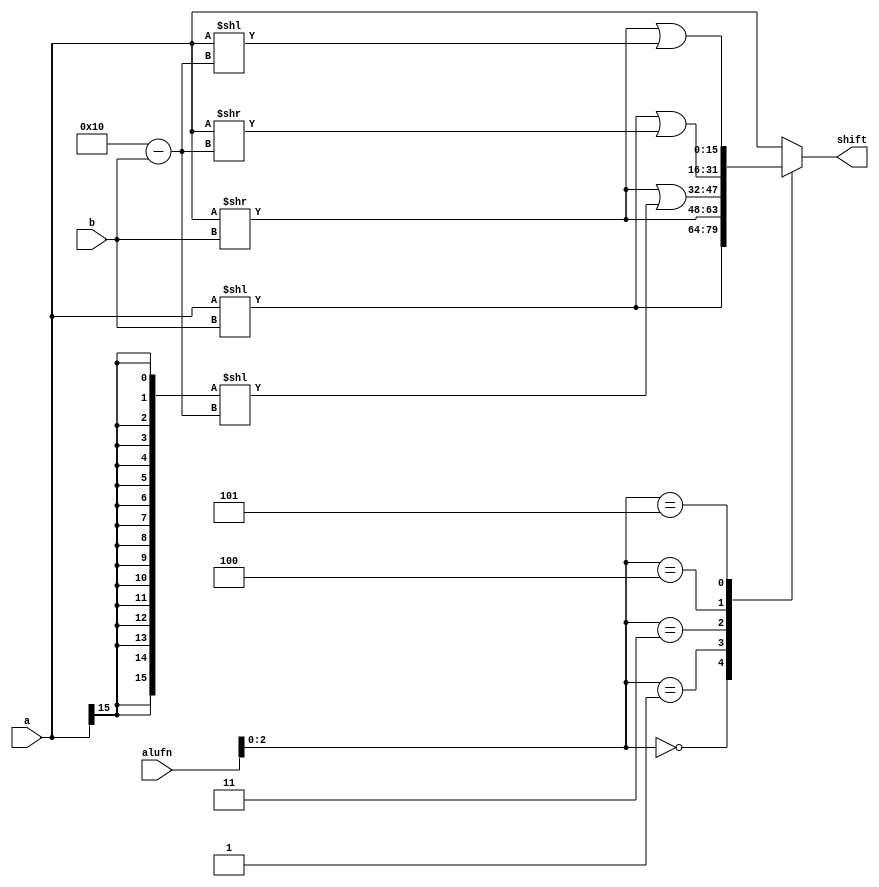
module alu_shift16_10 (
    input [15:0] a,
    input [3:0] b,
    input [5:0] alufn,
    output reg [15:0] shift
  );
  
  
  
  always @* begin
    shift = a;
    
    case (alufn[0+2-:3])
      3'h0: begin
        shift = a << b[0+3-:4];
      end
      3'h1: begin
        shift = a >> b[0+3-:4];
      end
      3'h3: begin
        shift = (a >> b[0+3-:4] | {5'h10{a[15+0-:1]}} << 5'h10 - b[0+3-:4]);
      end
      3'h4: begin
        shift = (a << b[0+3-:4] | a >> 5'h10 - b[0+3-:4]);
      end
      3'h5: begin
        shift = (a >> b[0+3-:4] | a << 5'h10 - b[0+3-:4]);
      end
    endcase
  end
endmodule